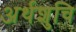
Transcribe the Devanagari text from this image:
अर्थशुचि